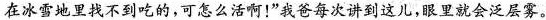
在冰雪地里找不到吃的，可怎么活啊！”我爸每次讲到这儿，眼里就会泛层雾。